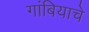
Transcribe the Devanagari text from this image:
गांबियाचे